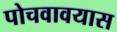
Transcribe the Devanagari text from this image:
पोचवावयास